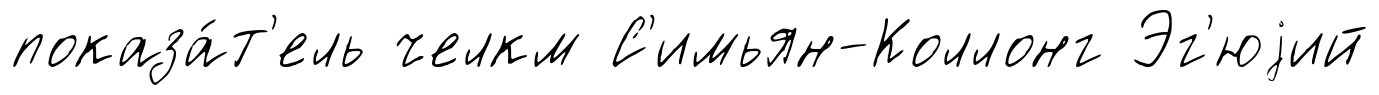
показа́т'ель челкм С'имьян-Коллонг Эг'юjий